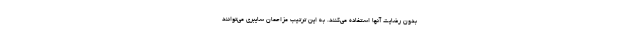
بدون رضایت آنها استفاده می‌کنند. به این ترتیب مزاحمان سایبری می‌توانند